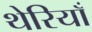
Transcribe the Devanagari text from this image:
थेरियाँ